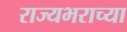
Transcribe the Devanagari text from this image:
राज्यभराच्या